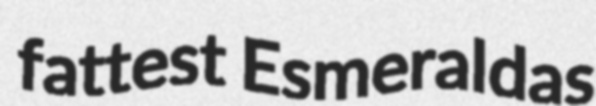
fattest Esmeraldas